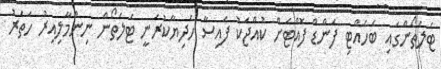
ޓެލެތޯންގައި ބެހެއްޓި ފަންޑް ފޮއްޓަށް ކުއްޖަކު ފައިސާ ހަދިޔާކުރަނީ ޓެލެތޯން ނިންމާލިއިރު ހަތަރު